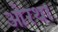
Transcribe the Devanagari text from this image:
ओरथा